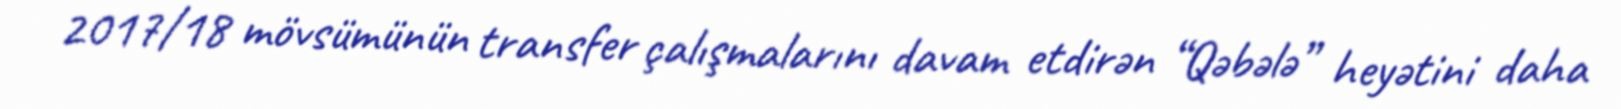
2017/18 mövsümünün transfer çalışmalarını davam etdirən “Qəbələ” heyətini daha